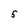
Character: 5